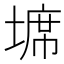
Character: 𭏖